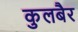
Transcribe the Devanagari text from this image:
कुलबैर